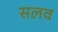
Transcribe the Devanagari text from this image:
सलव